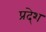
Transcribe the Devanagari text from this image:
प्रदे्श